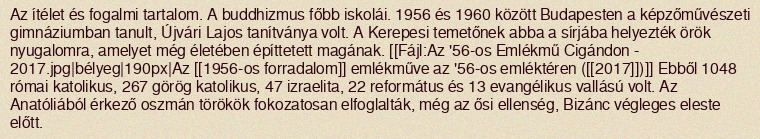
Az ítélet és fogalmi tartalom. A buddhizmus főbb iskolái. 1956 és 1960 között Budapesten a képzőművészeti gimnáziumban tanult, Újvári Lajos tanítványa volt. A Kerepesi temetőnek abba a sírjába helyezték örök nyugalomra, amelyet még életében építtetett magának. [[Fájl:Az '56-os Emlékmű Cigándon - 2017.jpg|bélyeg|190px|Az [[1956-os forradalom]] emlékműve az '56-os emléktéren ([[2017]])]] Ebből 1048 római katolikus, 267 görög katolikus, 47 izraelita, 22 református és 13 evangélikus vallású volt. Az Anatóliából érkező oszmán törökök fokozatosan elfoglalták, még az ősi ellenség, Bizánc végleges eleste előtt.